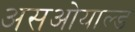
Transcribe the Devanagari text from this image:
असओयाल्ड